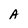
Character: A